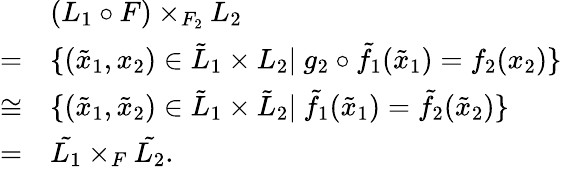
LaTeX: \begin{array}{rl}&{(L_{1}\circ F)\times_{F_{2}}L_{2}}\\ {=}&{\{ (\tilde{x}_{1},x_{2})\in\tilde{L}_{1}\times L_{2}|\ g_{2}\circ\tilde{f_{1}}(\tilde{x}_{1})=f_{2}(x_{2})\} }\\ {\cong}&{\{ (\tilde{x}_{1},\tilde{x}_{2})\in\tilde{L}_{1}\times\tilde{L}_{2}|\ \tilde{f_{1}}(\tilde{x}_{1})=\tilde{f_{2}}(\tilde{x}_{2})\} }\\ {=}&{\tilde{L_{1}}\times_{F}\tilde{L_{2}}.}\end{array}